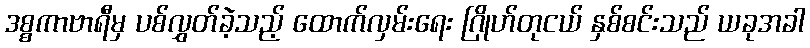
ဒစ္စကာဗာရီမှ ပစ်လွှတ်ခဲ့သည့် ထောက်လှမ်းရေး ဂြိုဟ်တုငယ် နှစ်စင်းသည် ယခုအခါ